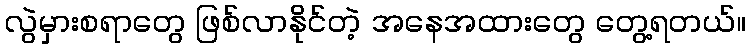
လွဲမှားစရာတွေ ဖြစ်လာနိုင်တဲ့ အနေအထားတွေ တွေ့ရတယ်။